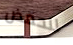
للحمض